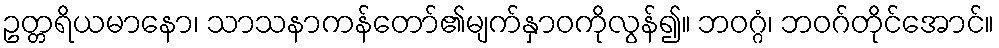
ဥတ္တရိယမာနော၊ သာသနာကန်တော်၏မျက်နှာဝကိုလွန်၍။ ဘဝဂ္ဂံ၊ ဘဝဂ်တိုင်အောင်။